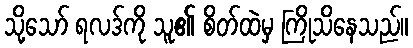
သို့သော် ရလဒ်ကို သူ၏ စိတ်ထဲမှ ကြိုသိနေသည်။